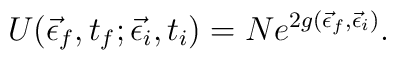
U(\vec\epsilon_f,t_f;\vec\epsilon_i,t_i)=Ne^{2g(\vec\epsilon_f,\vec\epsilon_i)}.